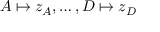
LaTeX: A \mapsto z _ { A } , \ldots , D \mapsto z _ { D }